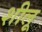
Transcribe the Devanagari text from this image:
शीलू